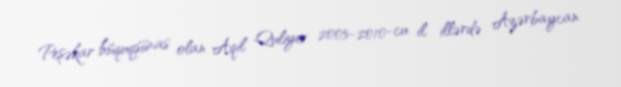
Peşəkar hüquqşünas olan Aqil Quliyev 2005-2010-cu il illərdə Azərbaycan